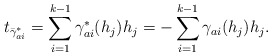
\begin{align*}t_{\bar{\gamma}^*_{ai}}=\sum_{i=1}^{k-1}{\gamma}^*_{ai}(h_j)h_j=-\sum_{i=1}^{k-1}\gamma_{ai}(h_j)h_j.\end{align*}